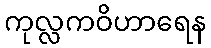
ကုလ္လကဝိဟာရေန